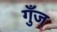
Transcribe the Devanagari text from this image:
गुँज